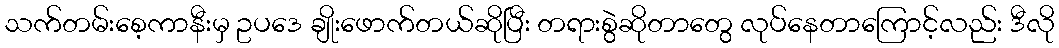
သက်တမ်းစေ့ကာနီးမှ ဥပဒေ ချိုးဖောက်တယ်ဆိုပြီး တရားစွဲဆိုတာတွေ လုပ်နေတာကြောင့်လည်း ဒီလို